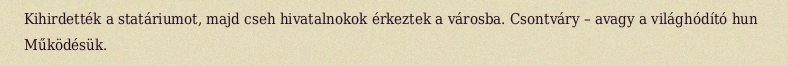
Kihirdették a statáriumot, majd cseh hivatalnokok érkeztek a városba. Csontváry – avagy a világhódító hun Működésük.